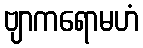
ဗျာကရောမဟံ